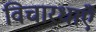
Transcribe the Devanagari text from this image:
विचारधाएँ